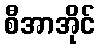
စီအာအိုင်